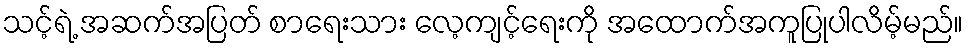
သင့်ရဲ့ အဆက်အပြတ် စာရေးသား လေ့ကျင့်ရေးကို အထောက်အကူပြုပါလိမ့်မည်။